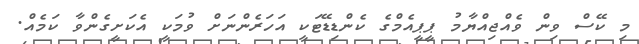
މި ކޭސް ވިން ވެއްޖިއްޔާމު ޕީޕީއެމްގެ ކެންޑިޑޭޓަކީ އަހަރެންނަށް ވުމަކީ އެކަށީގެންވާ ކަމެއް.